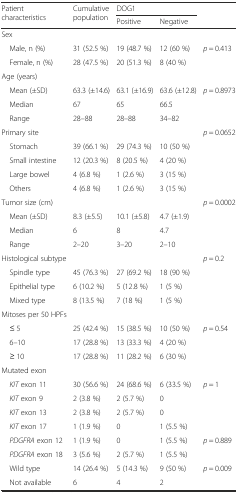
<table><thead><tr><td rowspan="2"><b>Patient characteristics</b></td><td rowspan="2"><b>Cumulative population</b></td><td colspan="2"><b>DOG1</b></td><td rowspan="2"></td></tr><tr><td><b>Positive</b></td><td><b>Negative</b></td></tr></thead><tbody><tr><td>Sex</td><td></td><td></td><td></td><td></td></tr><tr><td> Male, n (%)</td><td>31 (52.5 %)</td><td>19 (48.7 %)</td><td>12 (60 %)</td><td rowspan="2"><i>p</i> = 0.413</td></tr><tr><td> Female, n (%)</td><td>28 (47.5 %)</td><td>20 (51.3 %)</td><td>8 (40 %)</td></tr><tr><td>Age (years)</td><td></td><td></td><td></td><td></td></tr><tr><td> Mean (±SD)</td><td>63.3 (±14.6)</td><td>63.1 (±16.9)</td><td>63.6 (±12.8)</td><td rowspan="3"><i>p</i> = 0.8973</td></tr><tr><td> Median</td><td>67</td><td>65</td><td>66.5</td></tr><tr><td> Range</td><td>28–88</td><td>28–88</td><td>34–82</td></tr><tr><td>Primary site</td><td></td><td></td><td></td><td rowspan="5"><i>p</i> = 0.0652</td></tr><tr><td> Stomach</td><td>39 (66.1 %)</td><td>29 (74.3 %)</td><td>10 (50 %)</td></tr><tr><td> Small intestine</td><td>12 (20.3 %)</td><td>8 (20.5 %)</td><td>4 (20 %)</td></tr><tr><td> Large bowel</td><td>4 (6.8 %)</td><td>1 (2.6 %)</td><td>3 (15 %)</td></tr><tr><td> Others</td><td>4 (6.8 %)</td><td>1 (2.6 %)</td><td>3 (15 %)</td></tr><tr><td>Tumor size (cm)</td><td></td><td></td><td></td><td rowspan="4"><i>p</i> = 0.0002</td></tr><tr><td> Mean (±SD)</td><td>8.3 (±5.5)</td><td>10.1 (±5.8)</td><td>4.7 (±1.9)</td></tr><tr><td> Median</td><td>6</td><td>8</td><td>4.7</td></tr><tr><td> Range</td><td>2–20</td><td>3–20</td><td>2–10</td></tr><tr><td>Histological subtype</td><td></td><td></td><td></td><td rowspan="4"><i>p</i> = 0.2</td></tr><tr><td> Spindle type</td><td>45 (76.3 %)</td><td>27 (69.2 %)</td><td>18 (90 %)</td></tr><tr><td> Epithelial type</td><td>6 (10.2 %)</td><td>5 (12.8 %)</td><td>1 (5 %)</td></tr><tr><td> Mixed type</td><td>8 (13.5 %)</td><td>7 (18 %)</td><td>1 (5 %)</td></tr><tr><td>Mitoses per 50 HPFs</td><td></td><td></td><td></td><td></td></tr><tr><td> ≤ 5</td><td>25 (42.4 %)</td><td>15 (38.5 %)</td><td>10 (50 %)</td><td rowspan="3"><i>p</i> = 0.54</td></tr><tr><td> 6–10</td><td>17 (28.8 %)</td><td>13 (33.3 %)</td><td>4 (20 %)</td></tr><tr><td> ≥ 10</td><td>17 (28.8 %)</td><td>11 (28.2 %)</td><td>6 (30 %)</td></tr><tr><td>Mutated exon</td><td></td><td></td><td></td><td></td></tr><tr><td> <i>KIT</i> exon 11</td><td>30 (56.6 %)</td><td>24 (68.6 %)</td><td>6 (33.5 %)</td><td rowspan="4"><i>p</i> = 1</td></tr><tr><td> <i>KIT</i> exon 9</td><td>2 (3.8 %)</td><td>2 (5.7 %)</td><td>0</td></tr><tr><td> <i>KIT</i> exon 13</td><td>2 (3.8 %)</td><td>2 (5.7 %)</td><td>0</td></tr><tr><td> <i>KIT</i> exon 17</td><td>1 (1.9 %)</td><td>0</td><td>1 (5.5 %)</td></tr><tr><td> <i>PDGFRA</i> exon 12</td><td>1 (1.9 %)</td><td>0</td><td>1 (5.5 %)</td><td rowspan="2"><i>p</i> = 0.889</td></tr><tr><td> <i>PDGFRA</i> exon 18</td><td>3 (5.6 %)</td><td>2 (5.7 %)</td><td>1 (5.5 %)</td></tr><tr><td> Wild type</td><td>14 (26.4 %)</td><td>5 (14.3 %)</td><td>9 (50 %)</td><td rowspan="2"><i>p</i> = 0.009</td></tr><tr><td> Not available</td><td>6</td><td>4</td><td>2</td></tr></tbody></table>